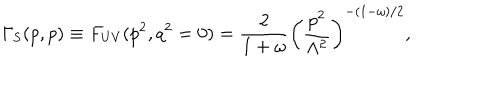
{ \Gamma _ { \mathrm { S } } } ( p , p ) \equiv F _ { \mathrm { U V } } ( p ^ { 2 } , q ^ { 2 } = 0 ) = \frac { 2 } { 1 + \omega } \left( \frac { p ^ { 2 } } { \Lambda ^ { 2 } } \right) ^ { - ( 1 - \omega ) / 2 } ,